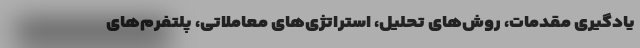
یادگیری مقدمات، روش‌های تحلیل، استراتژی‌های معاملاتی، پلتفرم‌های